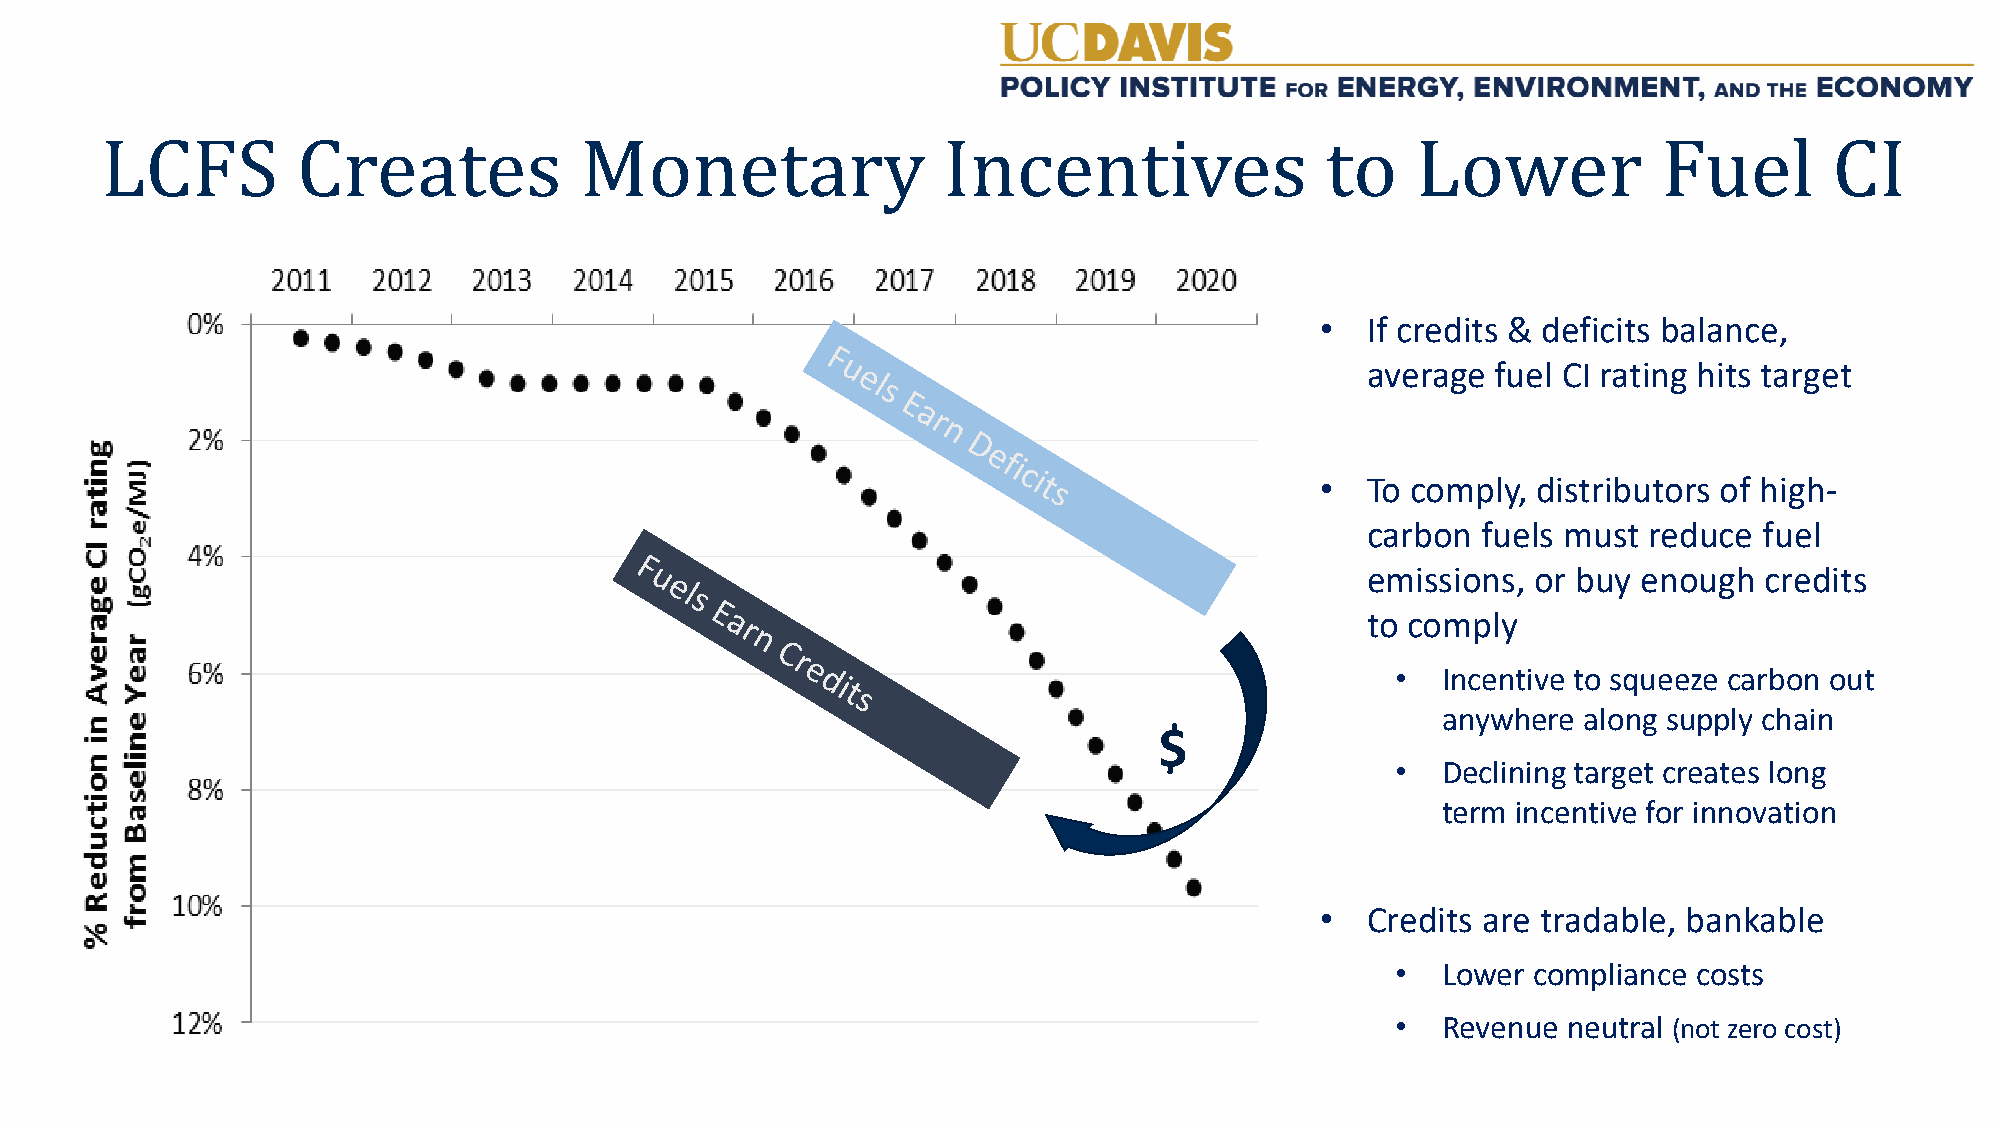
LCFS         Creates           Monetary                Incentives               •toIf c rLedoits w& deeficrits bFaluancee, l CI
 average  fuel CI rating hits target
 •  To comply,  distributors of high-
 carbon  fuels must reduce  fuel
 emissions,  or buy enough  credits
 to comply
 •  Incentive to squeeze carbon out
 anywhere  along supply chain
 $
 •  Declining target creates long
 term incentive for innovation
 •  Credits are tradable, bankable
 •  Lower compliance costs
 •  Revenue  neutral (not zero cost)